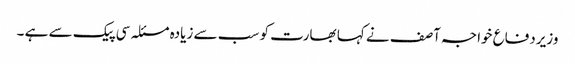
وزیردفاع خواجہ آصف نے کہا بھارت کو سب سے زیادہ مسئلہ سی پیک سے ہے ۔